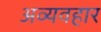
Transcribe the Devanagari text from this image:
अव्यवहार